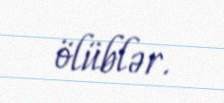
ölüblər.